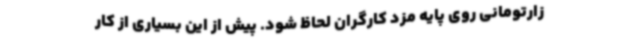
زارتومانی روی پایه مزد کارگران لحاظ شود. پیش از این بسیاری از کار